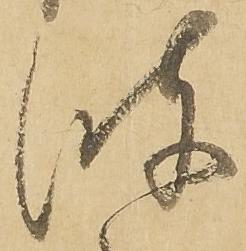
波